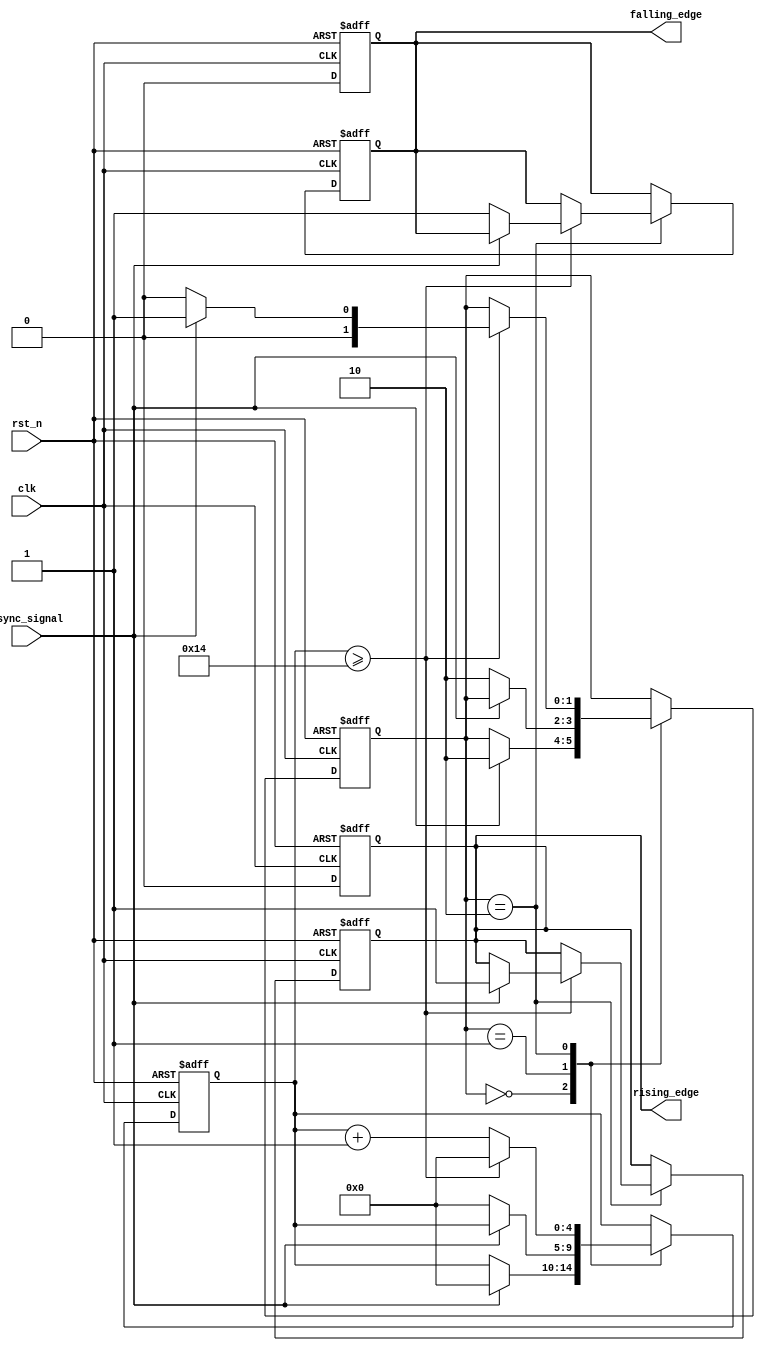
module DebouncedEdgeDetector (
    input wire clk,               // Clock input
    input wire rst_n,             // Active low reset
    input wire async_signal,      // Asynchronous input signal (e.g., from a switch)
    output reg rising_edge,       // Output signal for rising edge detection
    output reg falling_edge       // Output signal for falling edge detection
);

    // Parameters for debounce timing
    parameter DEBOUNCE_TIME = 20; // Number of clock cycles for debounce

    // State variables
    reg [1:0] current_state;       // Current state of the debounced signal
    reg [1:0] next_state;          // Next state of the debounced signal
    reg [4:0] debounce_counter;     // Counter for debounce timing
    reg stable_signal;              // Debounced stable signal

    // State encoding
    localparam STABLE_LOW = 2'b00;
    localparam STABLE_HIGH = 2'b01;
    localparam CHANGING = 2'b10;

    // Debouncing logic
    always @(posedge clk or negedge rst_n) begin
        if (!rst_n) begin
            current_state <= STABLE_LOW;
            debounce_counter <= 0;
            stable_signal <= 0;
            rising_edge <= 0;
            falling_edge <= 0;
        end else begin
            case (current_state)
                STABLE_LOW: begin
                    if (async_signal) begin
                        debounce_counter <= 0;
                        current_state <= CHANGING;
                    end
                end

                STABLE_HIGH: begin
                    if (!async_signal) begin
                        debounce_counter <= 0;
                        current_state <= CHANGING;
                    end
                end

                CHANGING: begin
                    debounce_counter <= debounce_counter + 1;
                    if (debounce_counter >= DEBOUNCE_TIME) begin
                        if (async_signal) begin
                            stable_signal <= 1;
                            current_state <= STABLE_HIGH;
                            rising_edge <= 1; // Rising edge detected
                        end else begin
                            stable_signal <= 0;
                            current_state <= STABLE_LOW;
                            falling_edge <= 1; // Falling edge detected
                        end
                        debounce_counter <= 0; // Reset counter after stable state
                    end
                end
            endcase
        end
    end

    // Edge detection logic
    always @(posedge clk or negedge rst_n) begin
        if (!rst_n) begin
            rising_edge <= 0;
            falling_edge <= 0;
        end else begin
            // Reset edge signals after one clock cycle
            rising_edge <= 0;
            falling_edge <= 0;
        end
    end

endmodule